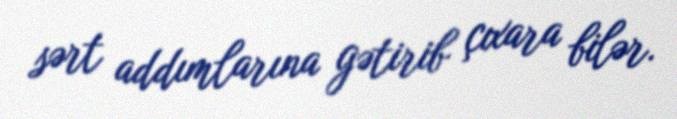
sərt addımlarına gətirib çıxara bilər.